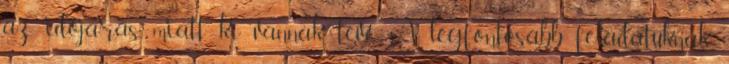
az időjárás miatt ki vannak téve. A legfontosabb feladatuknak